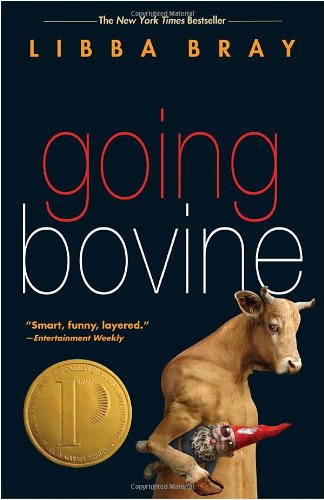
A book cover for Going Bovine; Libba Bray; Teen & Young Adult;